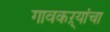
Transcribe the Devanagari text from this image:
गावकऱ्यांचा